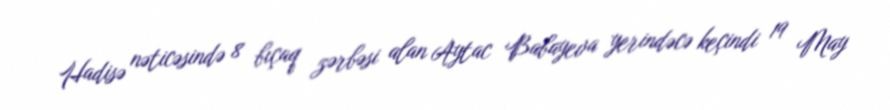
Hadisə nəticəsində 8 bıçaq zərbəsi alan Aytac Babayeva yerindəcə keçindi 19 May